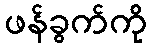
ဖန်ခွက်ကို